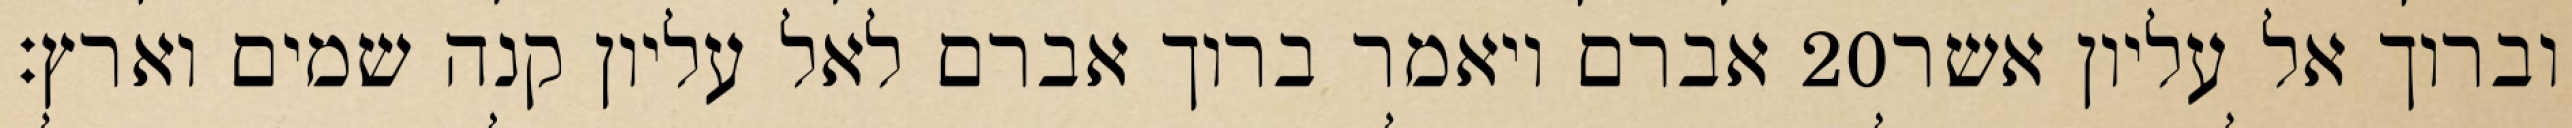
אברם ויאמר ברוך אברם לאל עליון קנה שמים וארץ׃ ‎20‏ וברוך אל עליון אשר